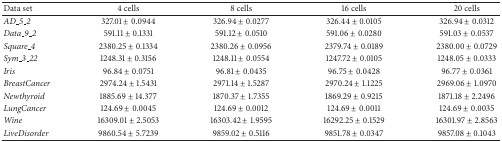
<table><thead><tr><td><b>Data set</b></td><td><b>4 cells</b></td><td><b>8 cells</b></td><td><b>16 cells</b></td><td><b>20 cells</b></td></tr></thead><tbody><tr><td><i>AD_5_2 </i></td><td>327.01 ± 0.0944</td><td>326.94 ± 0.0277</td><td>326.44 ± 0.0105</td><td>326.94 ± 0.0312</td></tr><tr><td><i>Data_9_2 </i></td><td>591.11 ± 0.1331</td><td>591.12 ± 0.0510</td><td>591.06 ± 0.0280</td><td>591.03 ± 0.0537</td></tr><tr><td><i>Square_4 </i></td><td>2380.25 ± 0.1334</td><td>2380.26 ± 0.0956</td><td>2379.74 ± 0.0189</td><td>2380.00 ± 0.0729</td></tr><tr><td><i>Sym_3_22 </i></td><td>1248.31 ± 0.3156</td><td>1248.11 ± 0.0554</td><td>1247.72 ± 0.0105</td><td>1248.05 ± 0.0333</td></tr><tr><td><i>Iris </i></td><td>96.84 ± 0.0751</td><td>96.81 ± 0.0435</td><td>96.75 ± 0.0428</td><td>96.77 ± 0.0361</td></tr><tr><td><i>BreastCancer </i></td><td>2974.24 ± 1.5431</td><td>2971.14 ± 1.5287</td><td>2970.24 ± 1.1225</td><td>2969.06 ± 1.0970</td></tr><tr><td><i>Newthyroid </i></td><td>1885.69 ± 14.377</td><td>1870.37 ± 1.7355</td><td>1869.29 ± 0.9215</td><td>1871.18 ± 2.2496</td></tr><tr><td><i>LungCancer </i></td><td>124.69 ± 0.0045</td><td>124.69 ± 0.0012</td><td>124.69 ± 0.0011</td><td>124.69 ± 0.0035</td></tr><tr><td><i>Wine </i></td><td>16309.01 ± 2.5053</td><td>16303.42 ± 1.9595</td><td>16292.25 ± 0.1529</td><td>16301.97 ± 2.8563</td></tr><tr><td><i>LiveDisorder </i></td><td>9860.54 ± 5.7239</td><td>9859.02 ± 0.5116</td><td>9851.78 ± 0.0347</td><td>9857.08 ± 0.1043</td></tr></tbody></table>